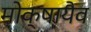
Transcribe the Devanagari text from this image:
मोक्षायैव